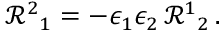
\mathcal { R } ^ { 2 } { } _ { 1 } = - \epsilon _ { 1 } \epsilon _ { 2 } \, \mathcal { R } ^ { 1 } { } _ { 2 } \, .